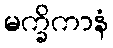
မက္ခိကာနံ